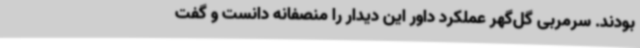
بودند. سرمربی گل‌گهر عملکرد داور این دیدار را منصفانه دانست و گفت